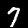
Label: 7